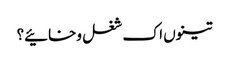
تینوں اک شغل وخائیے؟